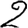
Digit: 2